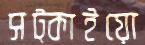
সট্‌কাইয়ো